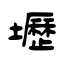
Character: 壢